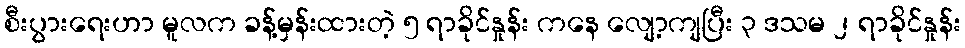
စီးပွားရေးဟာ မူလက ခန့်မှန်းထားတဲ့ ၅ ရာခိုင်နှုန်း ကနေ လျော့ကျပြီး ၃ ဒသမ ၂ ရာခိုင်နှုန်း